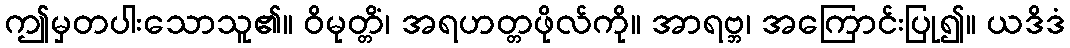
ဤမှတပါးသောသူ၏။ ဝိမုတ္တိံ၊ အရဟတ္တဖိုလ်ကို။ အာရဗ္ဘ၊ အကြောင်းပြု၍။ ယဒိဒံ